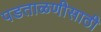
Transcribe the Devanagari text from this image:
पडताळणीसाठी